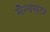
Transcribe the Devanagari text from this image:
मँन्चेसटर